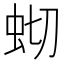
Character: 𫊧